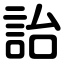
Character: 詒